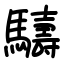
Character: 䮻